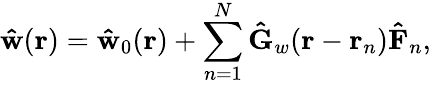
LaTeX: \mathbf{\hat{w}}(\mathbf{r})=\mathbf{\hat{w}}_{0}(\mathbf{r})+\sum_{n=1}^{N}\mathbf{\hat{G}}_{w}(\mathbf{r}-\mathbf{r}_{n})\mathbf{\hat{F}}_{n},